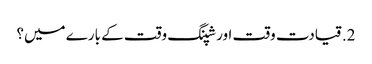
2. قیادت وقت اور شپنگ وقت کے بارے میں؟